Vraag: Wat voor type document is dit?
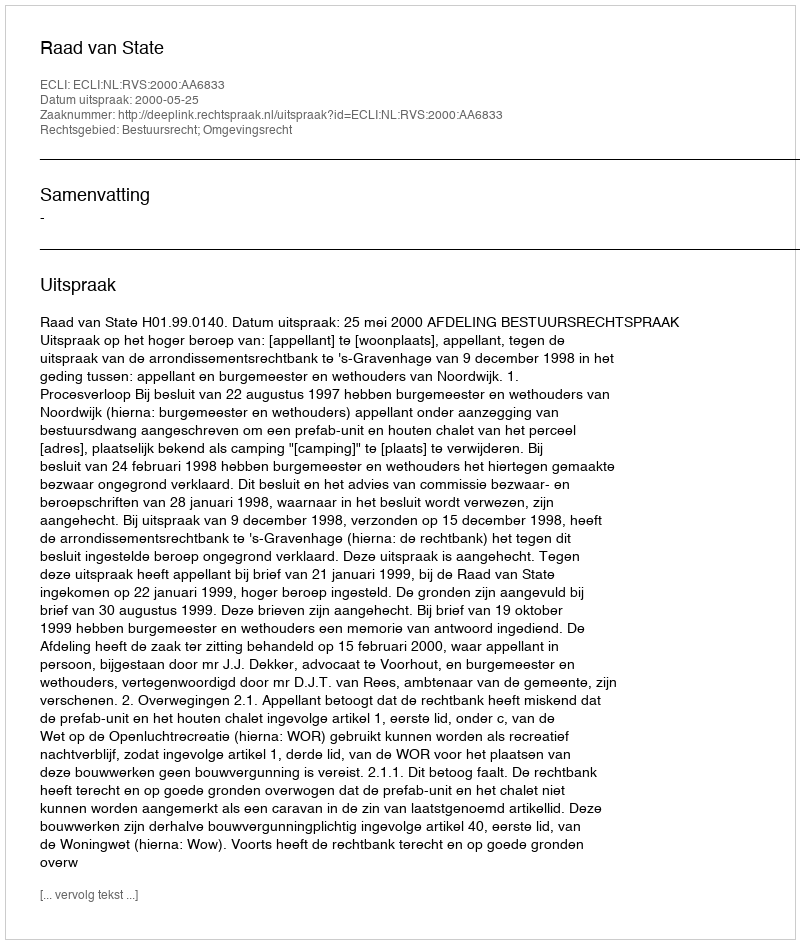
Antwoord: Uitspraak